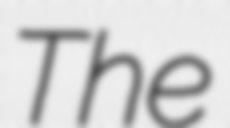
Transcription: The